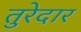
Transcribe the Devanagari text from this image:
तुरेदार